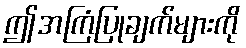
ဤအကြံပြုချက်များကို